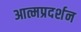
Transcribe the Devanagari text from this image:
आत्मप्रदर्शन